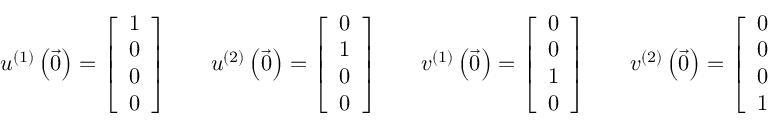
u ^ { ( 1 ) } \left( { \vec { 0 } } \right) = { \left[ \begin{array} { l } { 1 } \\ { 0 } \\ { 0 } \\ { 0 } \end{array} \right] } \qquad u ^ { ( 2 ) } \left( { \vec { 0 } } \right) = { \left[ \begin{array} { l } { 0 } \\ { 1 } \\ { 0 } \\ { 0 } \end{array} \right] } \qquad v ^ { ( 1 ) } \left( { \vec { 0 } } \right) = { \left[ \begin{array} { l } { 0 } \\ { 0 } \\ { 1 } \\ { 0 } \end{array} \right] } \qquad v ^ { ( 2 ) } \left( { \vec { 0 } } \right) = { \left[ \begin{array} { l } { 0 } \\ { 0 } \\ { 0 } \\ { 1 } \end{array} \right] }